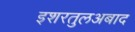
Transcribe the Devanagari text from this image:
इशरतुलअबाद